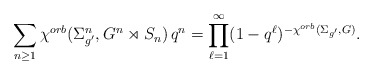
\begin{align*}\sum_{n\geq 1} \chi^{orb}(\Sigma_{g'}^n, G^n\rtimes S_n)\, q^n = \prod_{\ell=1}^\infty (1-q^\ell)^{-\chi^{orb}(\Sigma_{g'}, G)}.\end{align*}